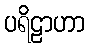
ပရိဠာဟာ